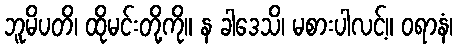
ဘူမိပတိ၊ ထိုမင်းတို့ကို။ န ခါဒေသိ၊ မစားပါလင့်။ ဝရာနံ၊